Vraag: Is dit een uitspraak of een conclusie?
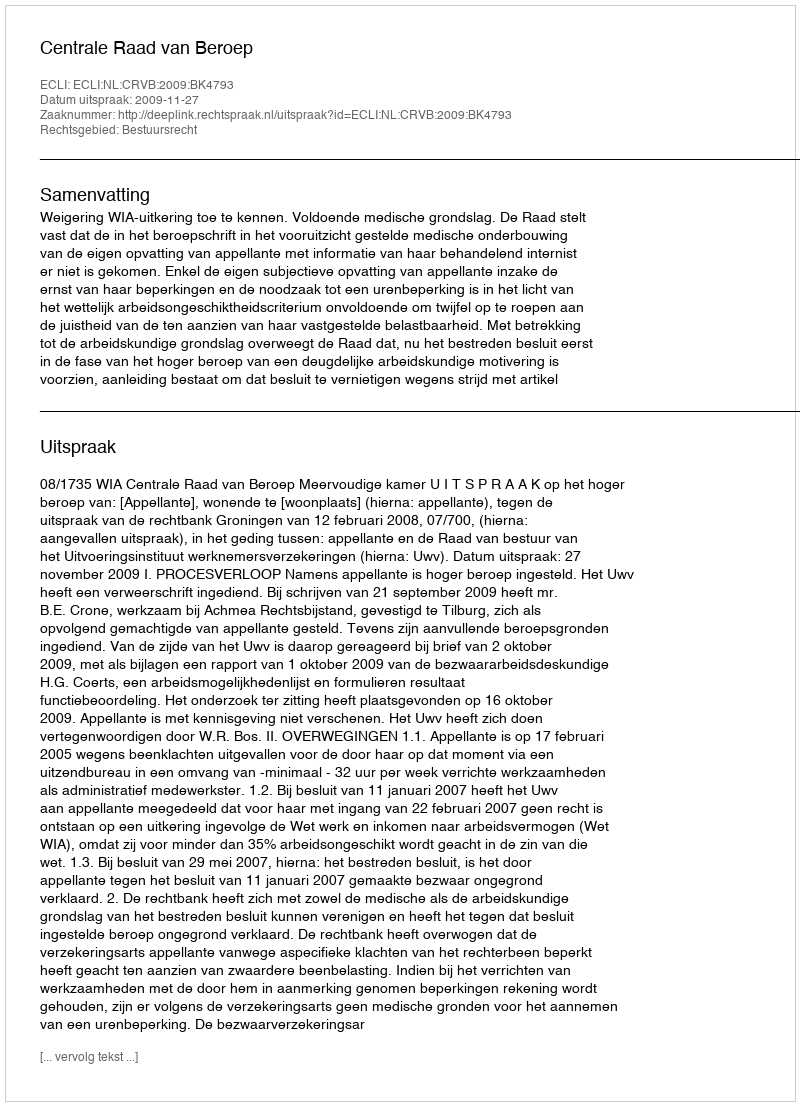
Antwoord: Uitspraak